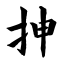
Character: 抻